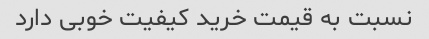
نسبت به قیمت خرید کیفیت خوبی دارد